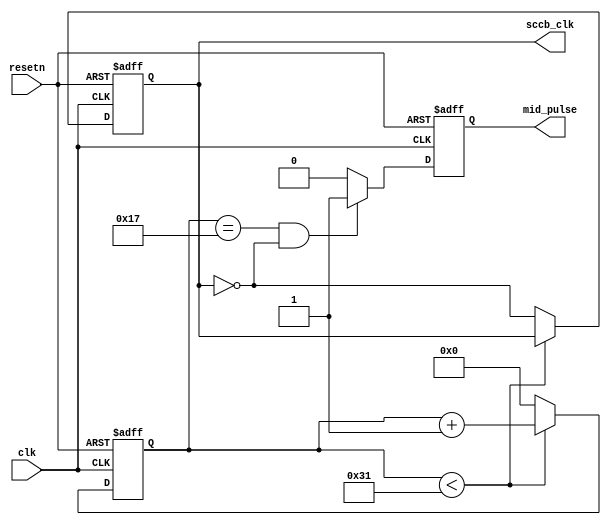
// clock_divider.v

module clock_divider #(
    parameter CLK_FREQ = 10_000_000,   // incoming clock = XCLK = 50MHz 
    parameter SCCB_CLK_FREQ = 100_000   // divide clock such that SIO_C = 100kHz
)(
    input clk,
    input resetn,
    output reg sccb_clk,
    output reg mid_pulse
);

// varaibles to calculate sccb_clk and mid_pulse
localparam SCCB_CLK_PERIOD = CLK_FREQ/SCCB_CLK_FREQ/2-1;     // number of clocks to obtain 100kHz
localparam SCCB_MID_AMT = SCCB_CLK_PERIOD/2-1;              // amount of clk for mid of sccb_clk
reg [$clog2(SCCB_CLK_PERIOD):0] count = 0;

// Generating clock for SCCB and mid pulse
// Depending on the device, the SIO_C can go up to 400KHz
always @(posedge clk or negedge resetn) begin
	if(!resetn) begin // RST is acitve-low
		count <= 0;
		sccb_clk <= 0;
		mid_pulse <= 0;
	end else begin
		if(count < SCCB_CLK_PERIOD) begin
			count <= count + 1;
		end else begin
			count <= 0;
			sccb_clk <= ~sccb_clk;
		end
		
		if(count == SCCB_MID_AMT && sccb_clk == 0) begin
			mid_pulse <= 1'b1;
		end else begin
			mid_pulse <= 1'b0;
		end
	end
end

endmodule